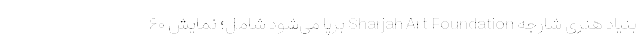
بنیاد هنری شارجه Sharjah Art Foundation برپا می‌شود شامل؛ نمایش ۶۰